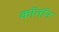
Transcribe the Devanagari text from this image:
कॉतॉन